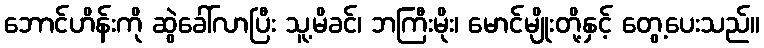
ဘောင်ဟိန်းကို ဆွဲခေါ်လာပြီး သူ့မိခင်၊ ဘကြီးမိုး၊ မောင်မျိုးတို့နှင့် တွေ့ပေးသည်။